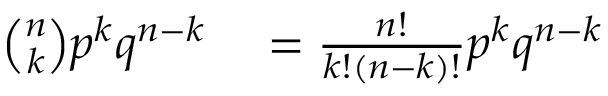
\begin{array} { r l } { { \binom { n } { k } } p ^ { k } q ^ { n - k } } & { { } = { \frac { n ! } { k ! ( n - k ) ! } } p ^ { k } q ^ { n - k } } \end{array}